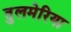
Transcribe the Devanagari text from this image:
तुलमेरिया